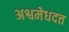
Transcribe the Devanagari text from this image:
अश्वमेधदत्त